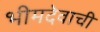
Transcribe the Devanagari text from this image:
भीमदेवाची